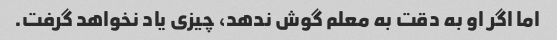
اما اگر او به دقت به معلم گوش ندهد، چیزی یاد نخواهد گرفت.